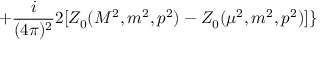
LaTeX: + \frac { i } { ( 4 \pi ) ^ { 2 } } 2 [ Z _ { 0 } ( M ^ { 2 } , m ^ { 2 } , p ^ { 2 } ) - Z _ { 0 } ( \mu ^ { 2 } , m ^ { 2 } , p ^ { 2 } ) ] \}